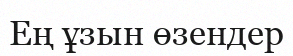
Ең ұзын өзендер